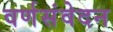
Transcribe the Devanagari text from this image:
वर्णसंवेदन